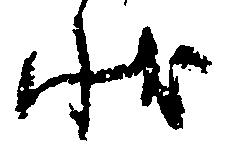
状